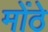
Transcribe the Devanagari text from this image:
मोंठे